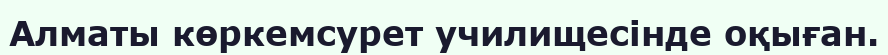
Алматы көркемсурет училищесінде оқыған.